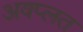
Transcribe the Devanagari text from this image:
अवप्लत